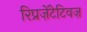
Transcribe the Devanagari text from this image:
रिप्रज़ेंटेटिवज़